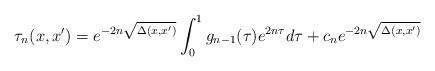
LaTeX: \begin{align*}\tau_n(x,x') = e^{-2n\sqrt{\Delta(x,x')}}\int_0^1 g_{n-1}(\tau) e^{2n \tau}d\tau+c_ne^{-2n\sqrt{\Delta(x,x')}} \end{align*}